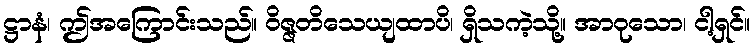
ဋ္ဌာနံ၊ ဤအကြောင်းသည်။ ဝိဇ္ဇတိသေယျထာပိ၊ ရှိသကဲ့သို့။ အာဝုသော၊ ငါ့ရှင်။